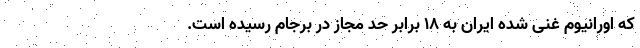
که اورانیوم غنی‌ شده ایران به ۱۸ برابر حد مجاز در برجام رسیده است.